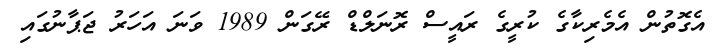
އެގޮތުން އެމެރިކާގެ ކުރީގެ ރައީސް ރޮނަލްޑް ރޭގަން 1989 ވަނަ އަހަރު ޖަޕާނުގައި